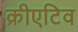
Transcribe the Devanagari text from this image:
क्रीएटिव